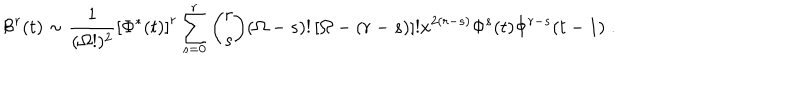
{ \cal B } ^ { r } ( t ) \sim \frac { 1 } { ( \Omega ! ) ^ { 2 } } \left[ \Phi ^ { * } ( t ) \right] ^ { r } \sum _ { s = 0 } ^ { r } { \binom { r } { s } } ( \Omega - s ) ! \left[ \Omega - ( r - s ) \right] ! x ^ { 2 ( r - s ) } \Phi ^ { s } ( t ) \Phi ^ { r - s } ( t - 1 ) \; .